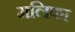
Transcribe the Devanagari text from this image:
मलिफा